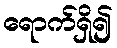
ရောက်ရှိ၍